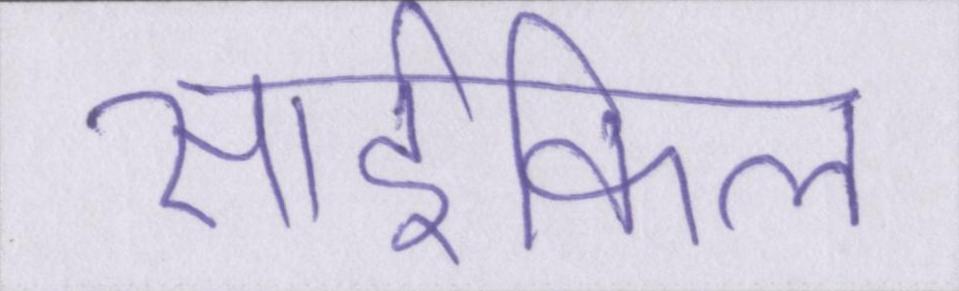
साईकिल